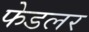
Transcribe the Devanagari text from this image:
फेडलर